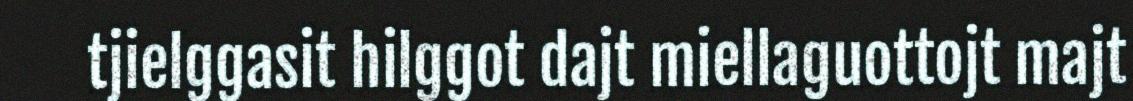
tjielggasit hilggot dajt miellaguottojt majt